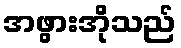
အဖွားအိုသည်